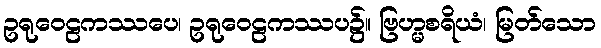
ဥရုဝေဠကဿပေ၊ ဥရုဝေဠကဿပ၌။ ဗြဟ္မစရိယံ၊ မြတ်သော